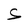
Character: S